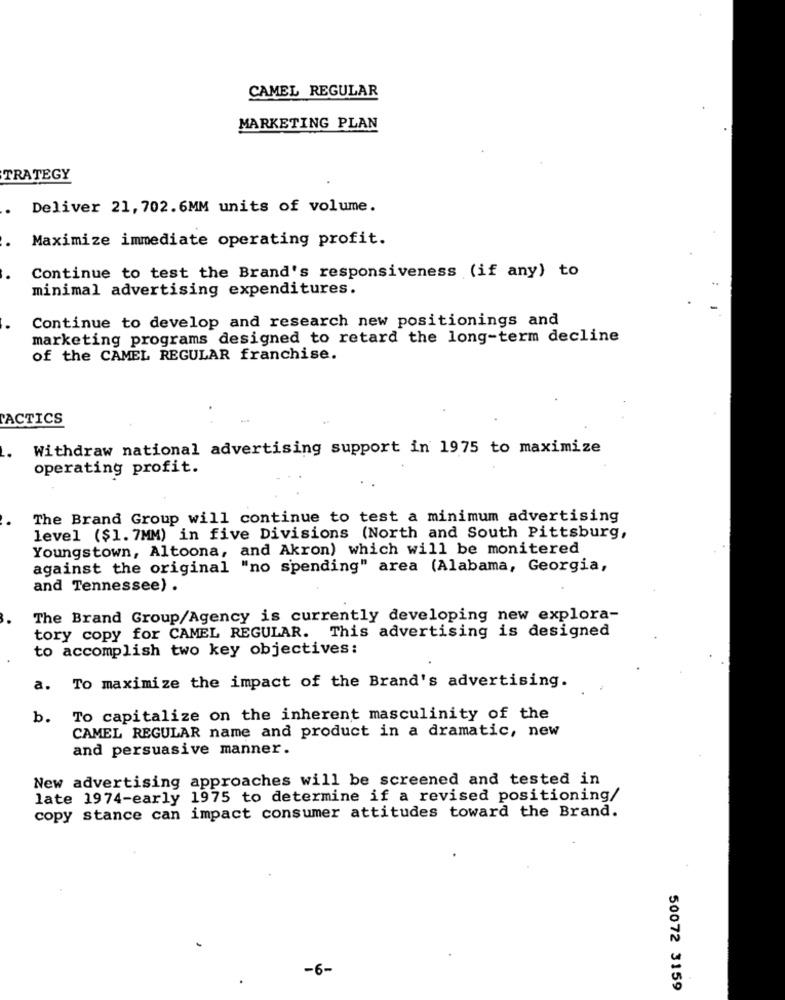
CAMEL REGULAR
MARKETING PLAN
TRATEGY
Deliver 21, 702.6MM units of volume.
Maximize immediate operating profit.
Continue to test the Brand's responsiveness (if any) to
minimal advertising expenditures.
Continue to develop and research new positionings and
marketing programs designed to retard the long-term decline
of the CAMEL REGULAR franchise.
ACTICS
Withdraw national advertising support in 1975 to maximize
operating profit.
The Brand Group will continue to test a minimum advertising
level ($1. 7MM) in five Divisions (North and South Pittsburg,
Youngstown, Altoona, and Akron) which will be monitered
against the original "no spending" area (Alabama, Georgia,
and Tennessee) .
The Brand Group/Agency is currently developing new explora-
tory copy for CAMEL REGULAR. This advertising is designed
to accomplish two key objectives:
a.
To maximize the impact of the Brand's advertising.
b.
To capitalize on the inherent masculinity of the
CAMEL REGULAR name and product in a dramatic, new
and persuasive manner.
New advertising approaches will be screened and tested in
late 1974-early 1975 to determine if a revised positioning/
copy stance can impact consumer attitudes toward the Brand.
-6-
50072 3159